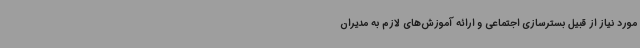
مورد نیاز از قبیل بسترسازی اجتماعی و ارائه آموزش‌های لازم به مدیران